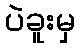
ပဲခူးမှ